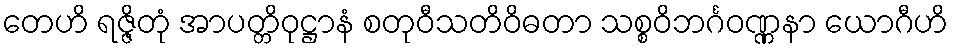
တေဟိ ရဇ္ဇိတုံ အာပတ္တိဝုဋ္ဌာနံ စတုဝီသတိဝိဓတာ သစ္စဝိဘင်္ဂဝဏ္ဏနာ ယောဂီဟိ